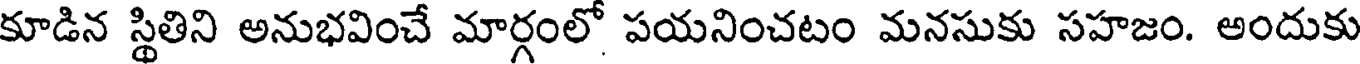
కూడిన స్థితిని అనుభవించే మార్గంలో పయనించటం మనసుకు సహజం. అందుకు